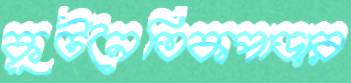
কূটনৈতিকপাড়ার